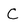
Character: C